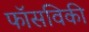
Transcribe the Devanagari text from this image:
फॉसविकी